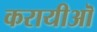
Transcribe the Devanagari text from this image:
करायीऒ